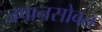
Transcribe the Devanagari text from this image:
जपानसोबत